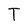
Character: T